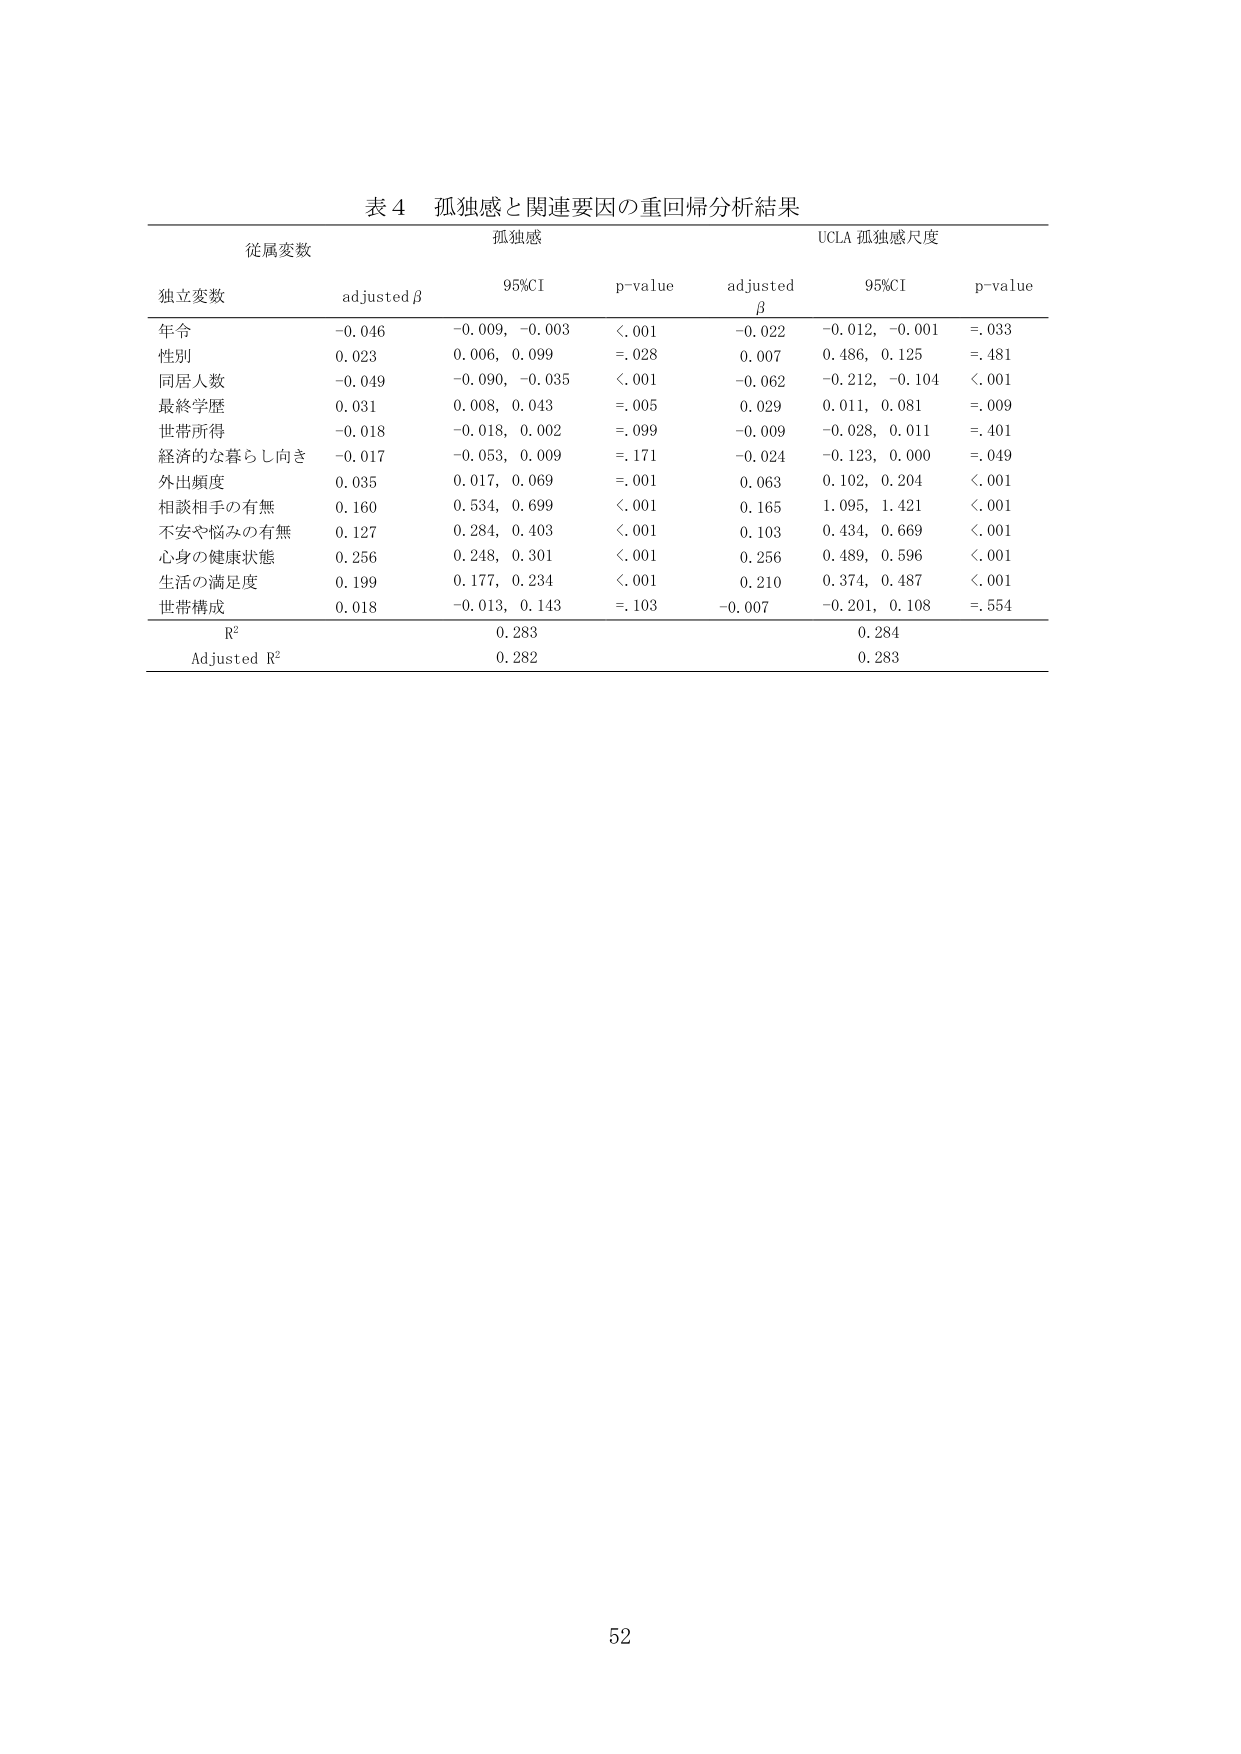
表４ 孤独感と関連要因の重回帰分析結果

従属変数
孤独感
UCLA 孤独感尺度

独立変数 adjusted β 95%CI p-value adjusted β 95%CI p-value

年令 -0.046 -0.009, -0.003 <.001 -0.022 -0.012, -0.001 =.033
性別 0.023 0.006, 0.099 =.028 0.007 0.486, 0.125 =.481
同居人数 -0.049 -0.090, -0.035 <.001 -0.062 -0.212, -0.104 <.001
最終学歴 0.031 0.008, 0.043 =.005 0.029 0.011, 0.081 =.009
世帯所得 -0.018 -0.018, 0.002 =.099 -0.009 -0.028, 0.011 =.401
経済的な暮らし向き -0.017 -0.053, 0.009 =.171 -0.024 -0.123, 0.000 =.049
外出頻度 0.035 0.017, 0.069 =.001 0.063 0.102, 0.204 <.001
相談相手の有無 0.160 0.534, 0.699 <.001 0.165 1.095, 1.421 <.001
不安や悩みの有無 0.127 0.284, 0.403 <.001 0.103 0.434, 0.669 <.001
心身の健康状態 0.256 0.248, 0.301 <.001 0.256 0.489, 0.596 <.001
生活の満足度 0.199 0.177, 0.234 <.001 0.210 0.374, 0.487 <.001
世帯構成 0.018 -0.013, 0.143 =.103 -0.007 -0.201, 0.108 =.554

R² 0.283 0.284
Adjusted R² 0.282 0.283

52